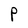
Character: P